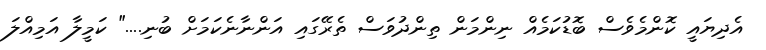
އެދިޔައީ ކޮންމެވެސް ބޮޑުކަމެއް ނިންމަން ތިންދުވަސް ތެރޭގައި އަންނާނެކަމަށް ބުނި...." ކަމީލާ އަމިއްލަ